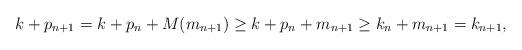
LaTeX: \begin{align*}k+p_{n+1}=k+p_n+M(m_{n+1})\geq k+p_n+m_{n+1}\geq k_n+ m_{n+1}=k_{n+1},\end{align*}